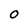
Character: O